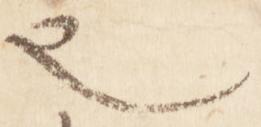
也